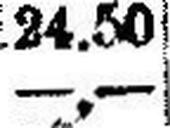
—.—